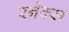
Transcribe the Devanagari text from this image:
स्‍नैक्‍स